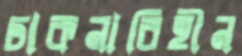
ঢাকনাবিহীন